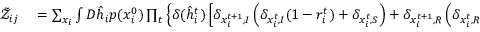
\begin{array} { r l } { \tilde { \mathcal { Z } } _ { i j } } & { { } = \sum _ { \boldsymbol { x } _ { i } } \int D \hat { \boldsymbol { h } } _ { i } p ( x _ { i } ^ { 0 } ) \prod _ { t } \left\{ \delta ( \hat { h } _ { i } ^ { t } ) \left[ \delta _ { x _ { i } ^ { t + 1 } , I } \left( \delta _ { x _ { i } ^ { t } , I } ( 1 - r _ { i } ^ { t } ) + \delta _ { x _ { i } ^ { t } , S } \right) + \delta _ { x _ { i } ^ { t + 1 } , R } \left( \delta _ { x _ { i } ^ { t } , R } + \delta _ { x _ { i } ^ { t } , I } r _ { i } ^ { t } \right) \right] \right. } \end{array}